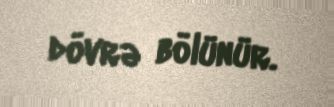
dövrə bölünür.